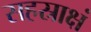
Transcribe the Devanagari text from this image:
सहस्राक्षं